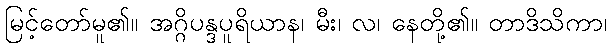
မြင့်တော်မူ၏။ အဂ္ဂိပန္ဒပူရိယာန၊ မီး၊ လ၊ နေတို့၏။ တာဒိသိကာ၊